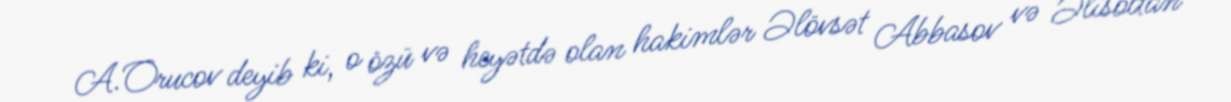
A.Orucov deyib ki, o özü və heyətdə olan hakimlər Əlövsət Abbasov və Əlisoltan